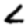
Digit: 2